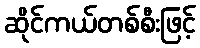
ဆိုင်ကယ်တစ်စီးဖြင့်